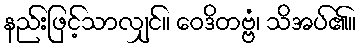
နည်းဖြင့်သာလျှင်။ ဝေဒိတဗ္ဗံ၊ သိအပ်၏။